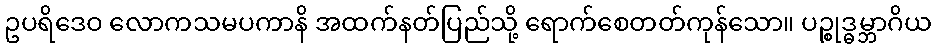
ဥပရိဒေဝ လောကသမပကာနိ အထက်နတ်ပြည်သို့ ရောက်စေတတ်ကုန်သော။ ပဉ္စုဒ္ဓမ္ဘာဂိယ